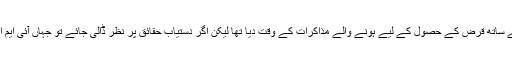
یہ تو خیر ان کا سیاسی بیانیہ تھا جو انھوں نےاس وقت کی حکومت کے آئی ایم ایف کے ساتھ قرض کے حصول کے لیے ہونے والے مذاکرات کے وقت دیا تھا لیکن اگر دستیاب حقائق پر نظر ڈالی جائے تو جہاں آئی ایم ایف سے قرض کے حصول کے جہاں بہت سے نقصانات ہیں وہاں کچھ فائدے بھی ہیں۔